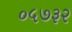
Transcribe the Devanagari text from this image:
०५७३२